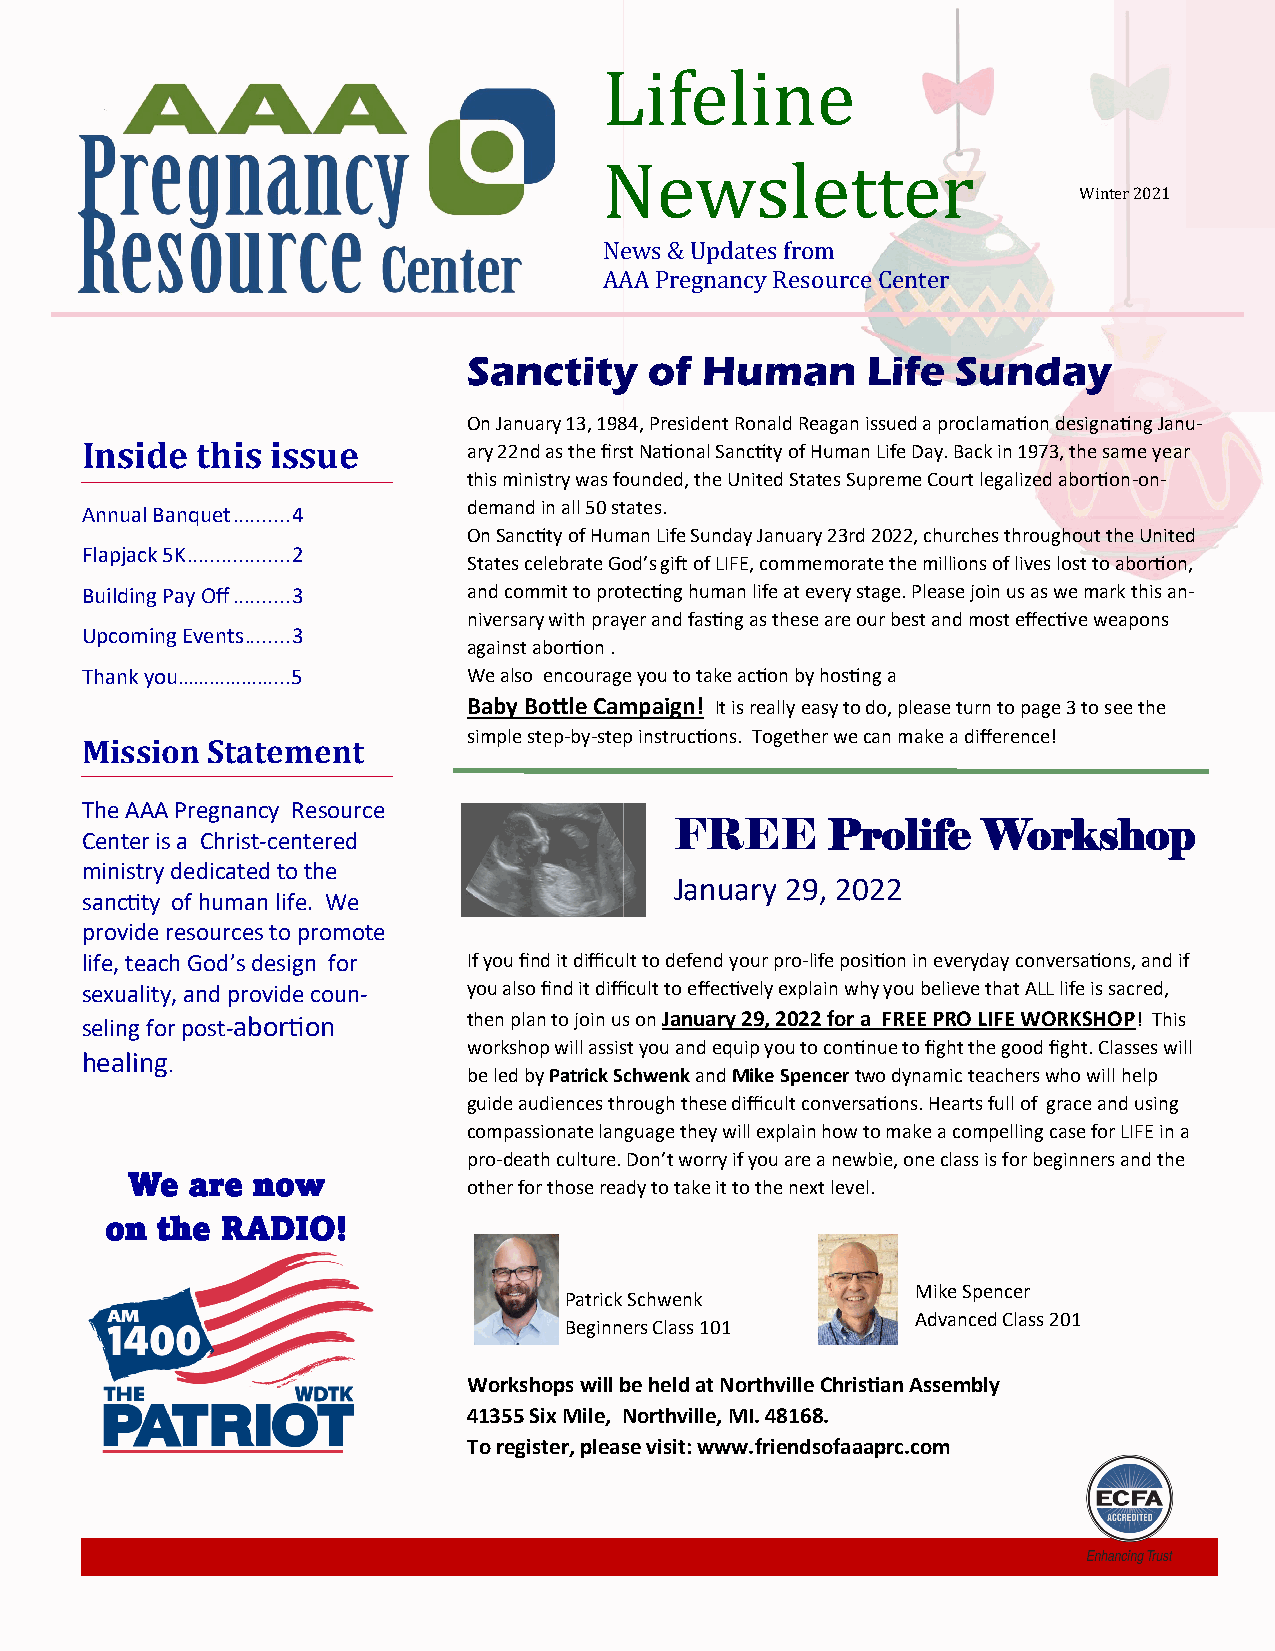
Lifeline
 Newsletter
 Winter 2021
 News & Updates from
 AAA Pregnancy Resource Center
 Sanctity    of Human      Life  Sunday
 On January 13, 1984, President Ronald Reagan issued a proclamation designating Janu-
 Inside  this issue        ary 22nd as the first National Sanctity of Human Life Day. Back in 1973, the same year
 this ministry was founded, the United States Supreme Court legalized abortion-on-
 demand in all 50 states.
 Annual Banquet .......... 4
 On Sanctity of Human Life Sunday January 23rd 2022, churches throughout the United
 Flapjack 5K .................. 2
 States celebrate God’s gift of LIFE, commemorate the millions of lives lost to abortion,
 Building Pay Off .......... 3 and commit to protecting human life at every stage. Please join us as we mark this an-
 niversary with prayer and fasting as these are our best and most effective weapons
 Upcoming Events ........ 3
 against abortion .
 Thank you………………...5       We also encourage you to take action by hosting a
 Baby Bottle Campaign! It is really easy to do, please turn to page 3 to see the
 simple step-by-step instructions. Together we can make a difference!
 Mission  Statement
 The AAA Pregnancy Resource
 FREE      Prolife   Workshop
 Center is a Christ-centered
 ministry dedicated to the
 January 29, 2022
 sanctity of human life. We
 provide resources to promote
 life, teach God’s design for If you find it difficult to defend your pro-life position in everyday conversations, and if
 sexuality, and provide coun- you also find it difficult to effectively explain why you believe that ALL life is sacred,
 seling for post-abortion  then plan to join us on January 29, 2022 for a FREE PRO LIFE WORKSHOP! This
 workshop will assist you and equip you to continue to fight the good fight. Classes will
 healing.
 be led by Patrick Schwenk and Mike Spencer two dynamic teachers who will help
 guide audiences through these difficult conversations. Hearts full of grace and using
 compassionate language they will explain how to make a compelling case for LIFE in a
 pro-death culture. Don’t worry if you are a newbie, one class is for beginners and the
 We  are  now
 other for those ready to take it to the next level.
 on the  RADIO!
 Mike Spencer
 Patrick Schwenk
 Advanced Class 201
 Beginners Class 101
 Workshops will be held at Northville Christian Assembly
 41355 Six Mile, Northville, MI. 48168.
 To register, please visit: www.friendsofaaaprc.com